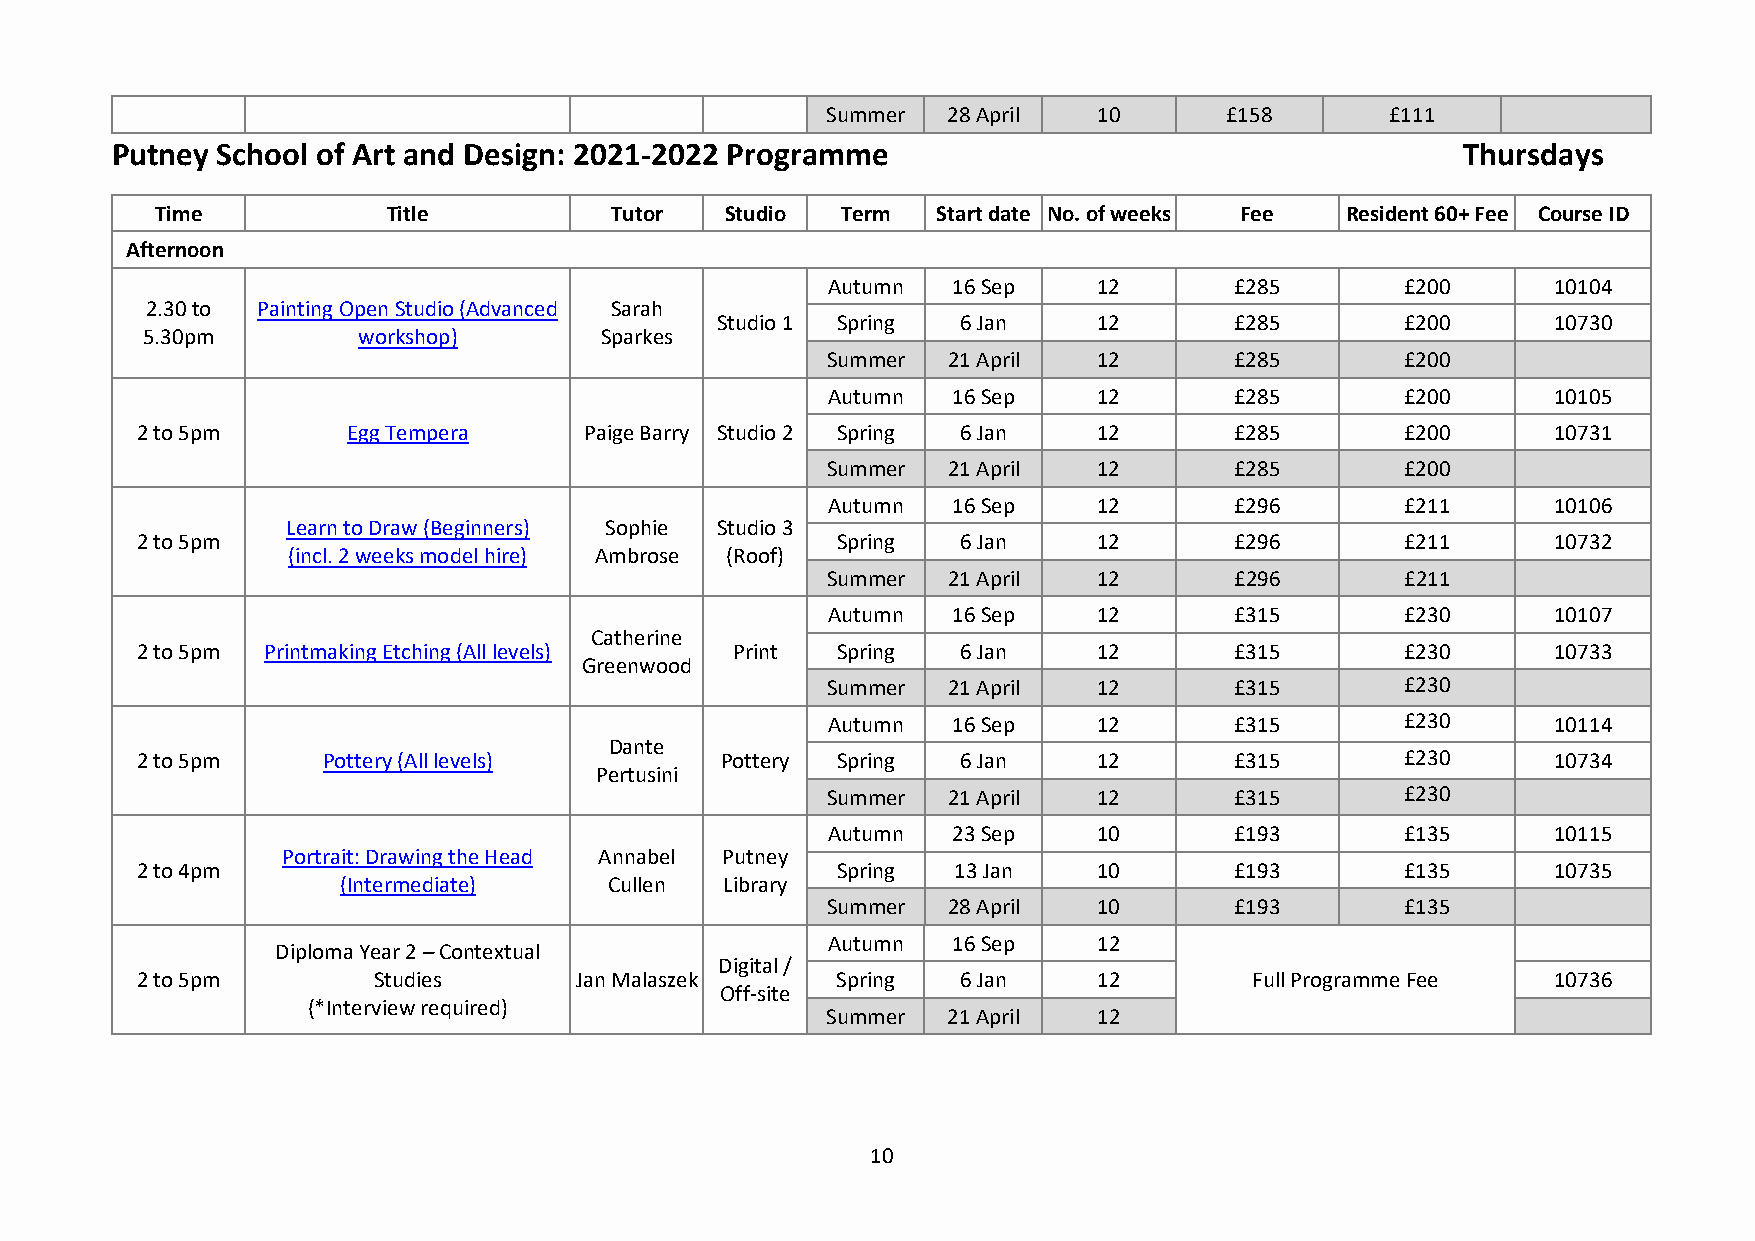
Summer  28 April  10      £158       £111
 Putney School of Art and Design: 2021-2022 Programme                                      Thursdays
 Time            Title         Tutor   Studio  Term  Start date No. of weeks Fee Resident 60+ Fee Course ID
 Afternoon
 Autumn  16 Sep    12       £285       £200      10104
 2.30 to Painting Open Studio (Advanced Sarah
 Studio 1 Spring  6 Jan    12       £285       £200      10730
 5.30pm         workshop)       Sparkes
 Summer  21 April  12       £285       £200
 Autumn  16 Sep    12       £285       £200      10105
 2 to 5pm      Egg Tempera     Paige Barry Studio 2 Spring 6 Jan 12       £285       £200      10731
 Summer  21 April  12       £285       £200
 Autumn  16 Sep    12       £296       £211      10106
 Learn to Draw (Beginners) Sophie Studio 3
 2 to 5pm                                      Spring   6 Jan    12       £296       £211      10732
 (incl. 2 weeks model hire) Ambrose (Roof)
 Summer  21 April  12       £296       £211
 Autumn  16 Sep    12       £315       £230      10107
 Catherine
 2 to 5pm Printmaking Etching (All levels) Print Spring 6 Jan    12       £315       £230      10733
 Greenwood
 Summer  21 April  12       £315       £230
 Autumn  16 Sep    12       £315       £230      10114
 Dante
 2 to 5pm    Pottery (All levels)       Pottery Spring  6 Jan    12       £315       £230      10734
 Pertusini
 Summer  21 April  12       £315       £230
 Autumn  23 Sep    10       £193       £135      10115
 Portrait: Drawing the Head Annabel Putney
 2 to 4pm                                      Spring  13 Jan    10       £193       £135      10735
 (Intermediate)    Cullen  Library
 Summer  28 April  10       £193       £135
 Autumn  16 Sep    12
 Diploma Year 2 – Contextual
 Digital /
 2 to 5pm        Studies      Jan Malaszek     Spring   6 Jan    12        Full Programme Fee  10736
 Off-site
 (*Interview required)
 Summer  21 April  12
 10